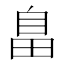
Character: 𦤏